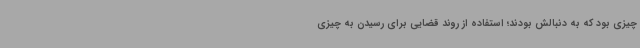
چیزی بود که به دنبالش بودند؛ استفاده از روند قضایی برای رسیدن به چیزی